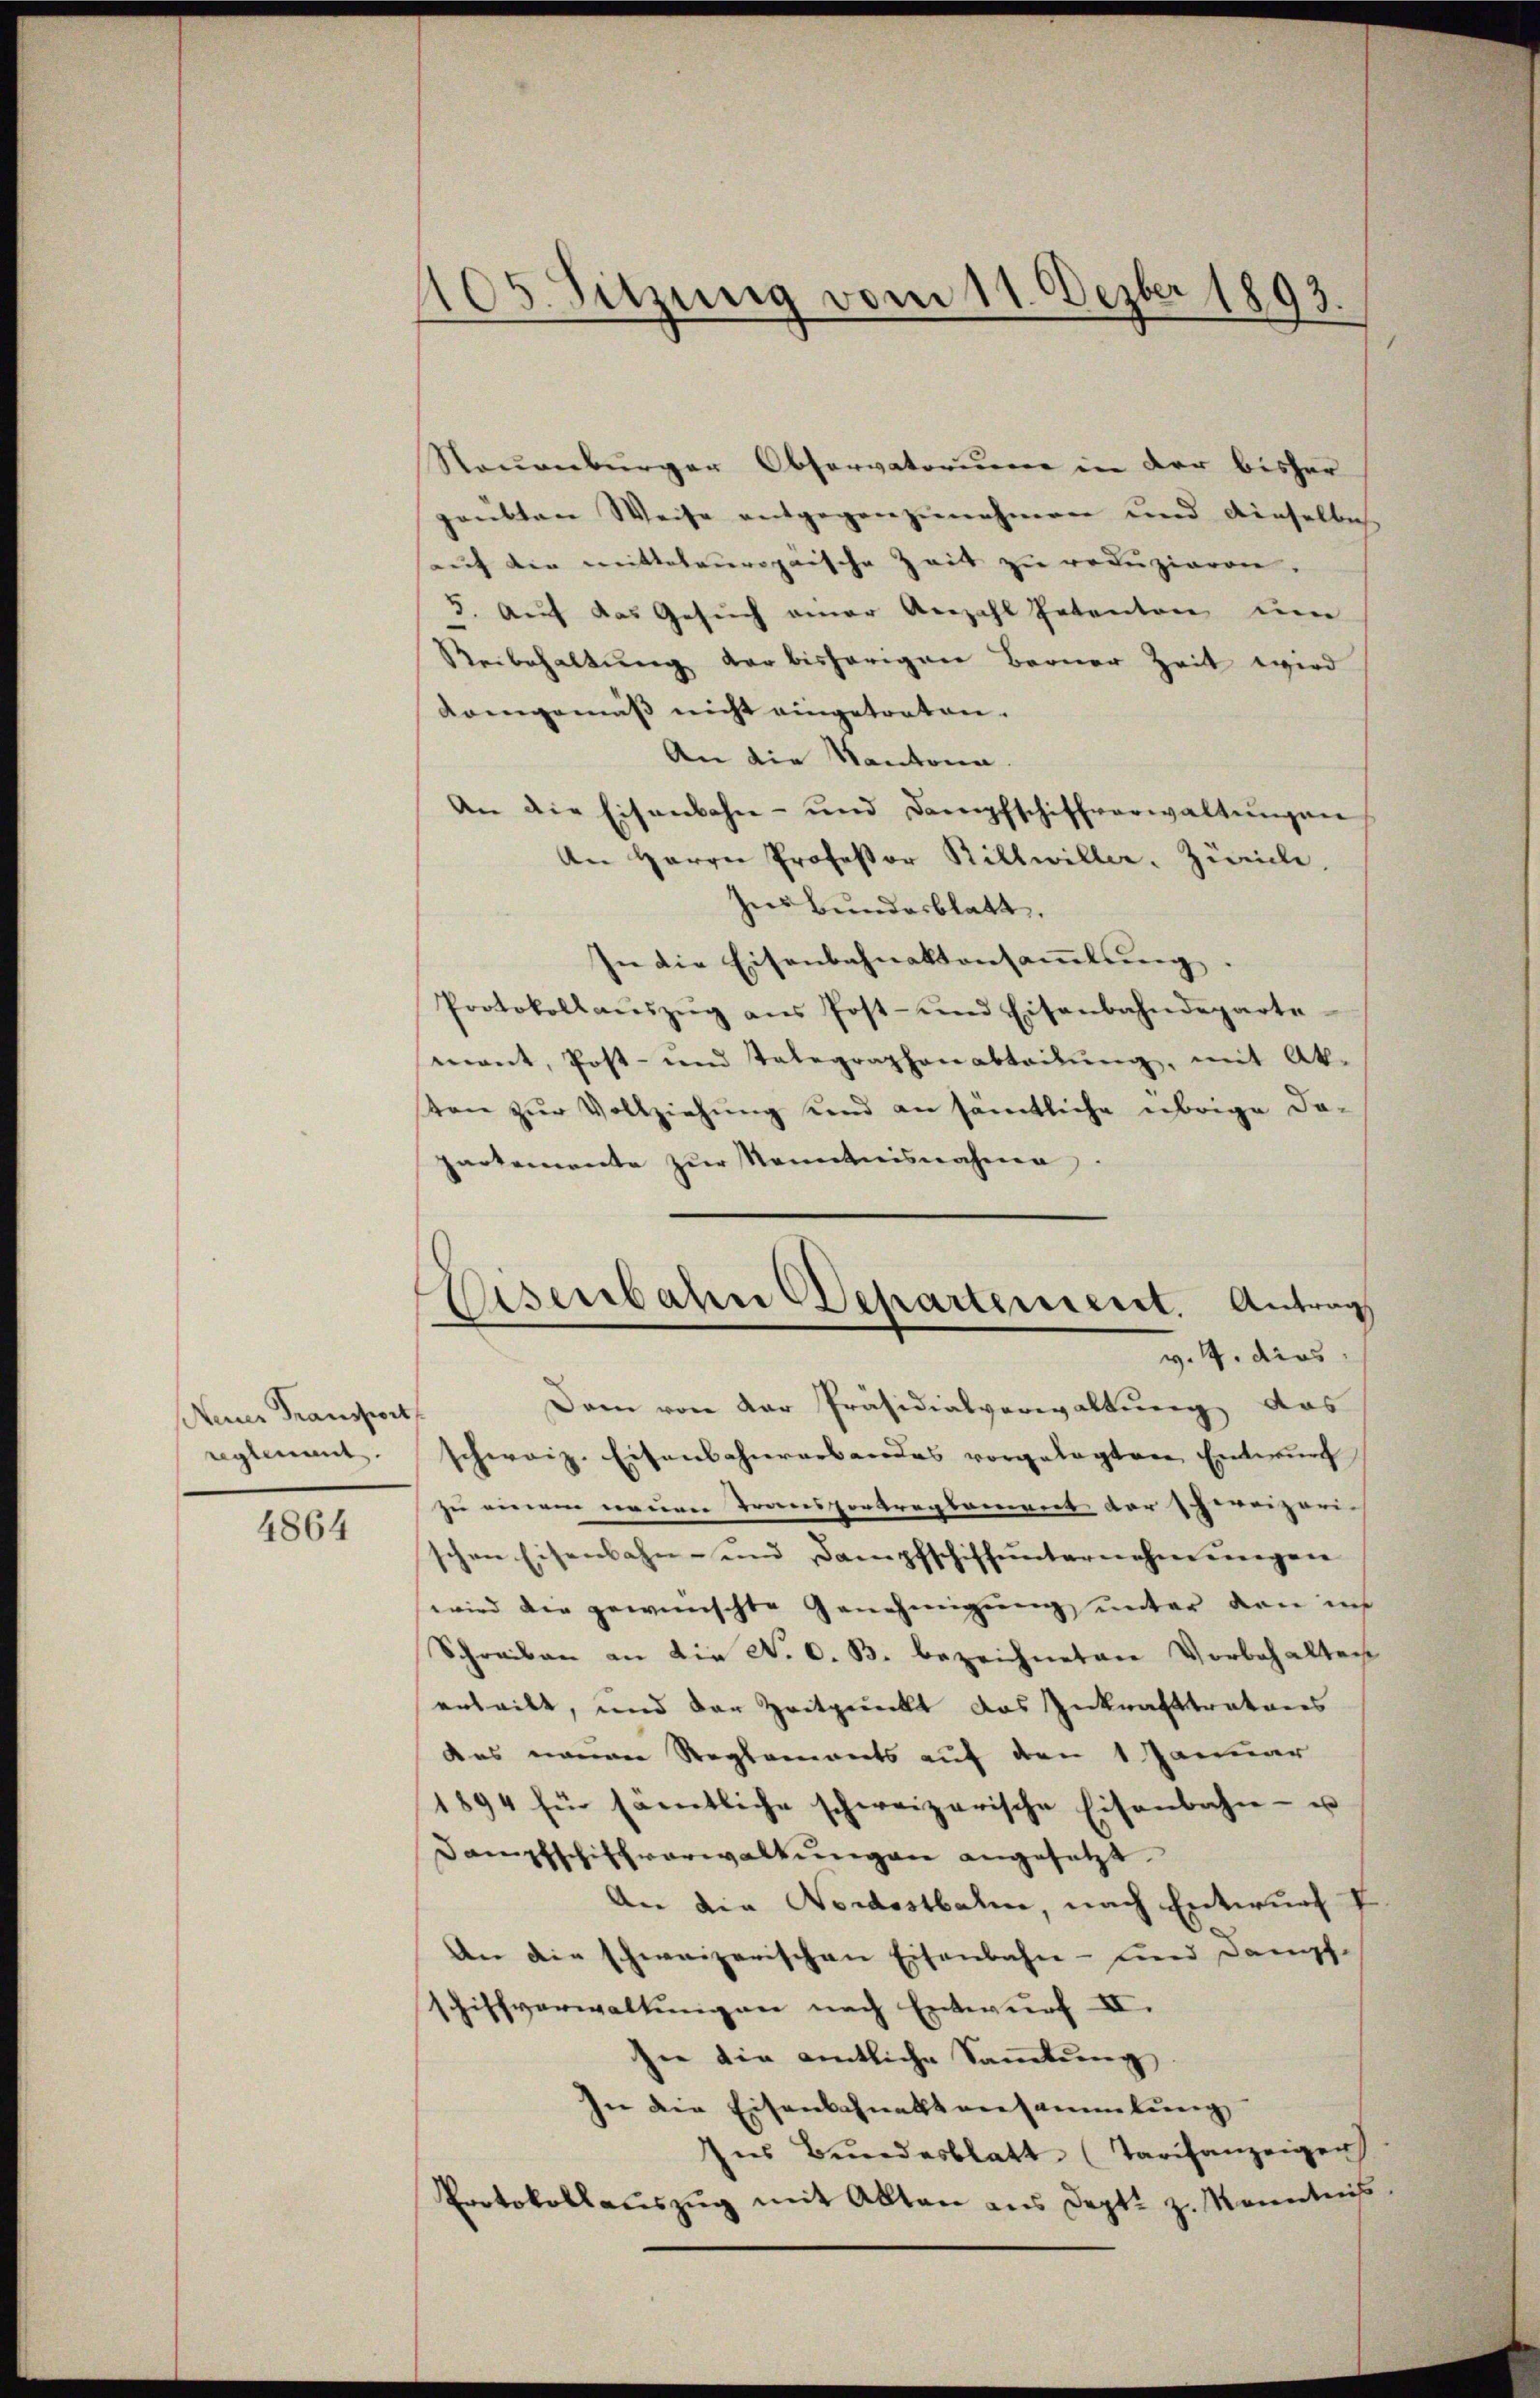
Neiner Transport
reglement.

4864

105. Sitzung vom 11. Dezbr 1893.

Neuenburger Observatorum in der bisher
paubten Weise entgegenzunehmen und dieselbe.
auf die mittelauropäische Zeit zu reduzieren.
5. Auf das Gesuch einer Anzahl Patenton um
Reibehaltung der bisherigen Berner Zeit wird
Komgemäss nicht eingetreten.
An die Kantona
An die Eisenbahn- und Dampfschiffverwaltungen
An Herrn Professor Billwiller. Zürich.
Ins Bundesblatt.
In die Eisenbahnaktensaṁlŭng
Protokollaŭszŭg ans Post- und Eisenbahndeparte
mant, Post- und Telegraphenabteilŭng, mit Ak-
von zur Vollziehung und an sämtliche übrige Da-
partemente zur Kenntnisnahme.

Eisenbahn Departement. Antrag
v. 4. dies

Dann von der Präsidialverwaltung das
schweiz. Eisenbahnrarbandes vorgelegten Entwurf
zu einem neuen Transportreglement der schereizeri- |
schen Eisenbahn- und Dampfschiffunternehmungen
wird die gewünschte Genehmigung unter den ins
Schreiben an die N. O. B. bezeichneten Vorbehalten
erteilt, und der Zeitpunkt das Inkrafttratores
das neuen Reglements auf den 1 Januar
1894 für sämtliche schweizerische Eisenbahn- u
Dampfschiffverwaltŭngen angesetzt.
An die Nordostbahn, nach Entwurf V
An die schweizerischen Eisenbahn- und Dampf-
Schiffverwaltungen nach Entwurf II.
sie die amtliche Sammlung
sie die Eisenbahneltansammlung
Ins Bundesblatt (Tarifanzeigen
Protokollaŭszŭg mit Akten aus Dept. z. Kenntnis